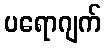
ပရောဂျက်